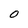
Character: o